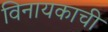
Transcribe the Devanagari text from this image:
विनायकाची